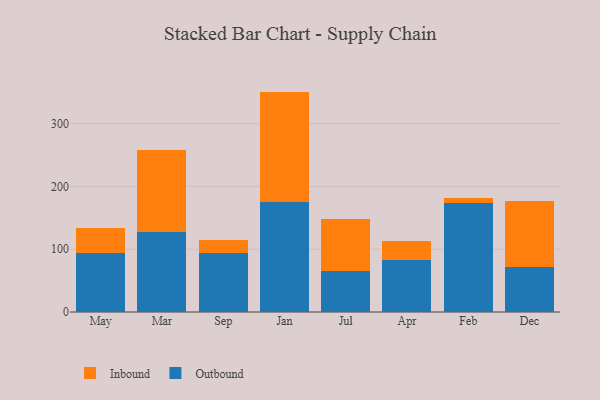
{"axis": {"x": "Month", "y": "Shipments"}, "legend": ["Inbound", "Outbound"], "data": [{"x": "May", "y": 94.4, "type": "Outbound"}, {"x": "May", "y": 40.1, "type": "Inbound"}, {"x": "Mar", "y": 128.1, "type": "Outbound"}, {"x": "Mar", "y": 130.1, "type": "Inbound"}, {"x": "Sep", "y": 94.4, "type": "Outbound"}, {"x": "Sep", "y": 20.5, "type": "Inbound"}, {"x": "Jan", "y": 174.8, "type": "Outbound"}, {"x": "Jan", "y": 176.2, "type": "Inbound"}, {"x": "Jul", "y": 65.7, "type": "Outbound"}, {"x": "Jul", "y": 82.4, "type": "Inbound"}, {"x": "Apr", "y": 83.2, "type": "Outbound"}, {"x": "Apr", "y": 29.4, "type": "Inbound"}, {"x": "Feb", "y": 173.8, "type": "Outbound"}, {"x": "Feb", "y": 8.4, "type": "Inbound"}, {"x": "Dec", "y": 70.9, "type": "Outbound"}, {"x": "Dec", "y": 106.0, "type": "Inbound"}]}